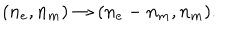
LaTeX: ( n _ { e } , n _ { m } ) \rightarrow ( n _ { e } - n _ { m } , n _ { m } ) .